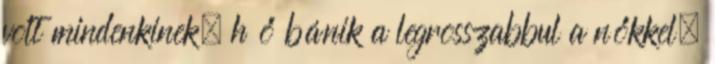
volt mindenkinek, h ő bánik a legrosszabbul a nőkkel.